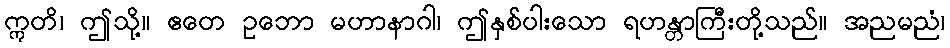
ဣတိ၊ ဤသို့။ ဧတေ ဥဘော မဟာနာဂါ၊ ဤနှစ်ပါးသော ရဟန္တာကြီးတို့သည်။ အညမညံ၊